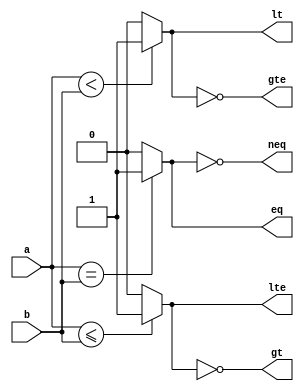
/*
 * @Author: Eric Wong 
 * @Date: 2022-01-15 14:18:30 
 * @Last Modified by:   Eric Wong 
 * @Last Modified time: 2022-01-15 14:18:30 
 */

module comparator # (
        parameter Width = 32
    )
    (
        input   [Width-1:0] a   ,
        input   [Width-1:0] b   ,
        output              eq  ,
        output              neq ,
        output              lt  ,
        output              lte ,
        output              gt  ,
        output              gte
    );
    assign eq   =   (a == b) ?
                    1'b1 :
                    1'b0;

    assign neq  =   ~eq;

    assign lt   =   (a < b) ?
                    1'b1 :
                    1'b0;

    assign lte  =   (a <= b) ?
                    1'b1 :
                    1'b0;

    assign gt   =   ~lte;

    assign gte  =   ~lt;
endmodule